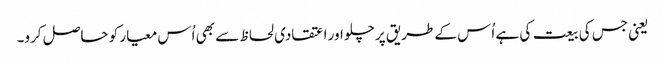
یعنی جس کی بیعت کی ہے اُس کے طریق پر چلو اور اعتقادی لحاظ سے بھی اُس معیار کو حاصل کرو۔